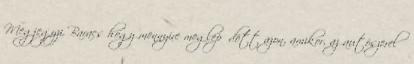
Megjegyzi Baracs hogy mennyire meglepődött azon, amikor, az autószerelő